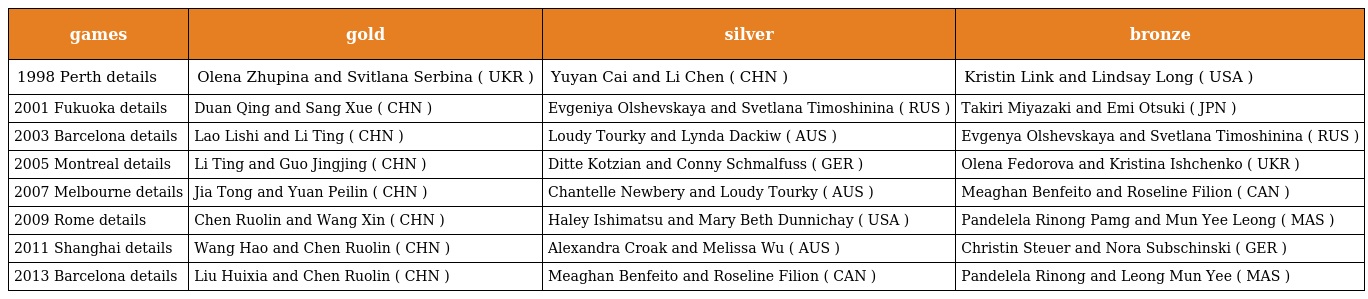
| games | gold | silver | bronze |
 | --- | --- | --- | --- |
 | 1998 Perth details | Olena Zhupina and Svitlana Serbina ( UKR ) | Yuyan Cai and Li Chen ( CHN ) | Kristin Link and Lindsay Long ( USA ) |
 | 2001 Fukuoka details | Duan Qing and Sang Xue ( CHN ) | Evgeniya Olshevskaya and Svetlana Timoshinina ( RUS ) | Takiri Miyazaki and Emi Otsuki ( JPN ) |
 | 2003 Barcelona details | Lao Lishi and Li Ting ( CHN ) | Loudy Tourky and Lynda Dackiw ( AUS ) | Evgenya Olshevskaya and Svetlana Timoshinina ( RUS ) |
 | 2005 Montreal details | Li Ting and Guo Jingjing ( CHN ) | Ditte Kotzian and Conny Schmalfuss ( GER ) | Olena Fedorova and Kristina Ishchenko ( UKR ) |
 | 2007 Melbourne details | Jia Tong and Yuan Peilin ( CHN ) | Chantelle Newbery and Loudy Tourky ( AUS ) | Meaghan Benfeito and Roseline Filion ( CAN ) |
 | 2009 Rome details | Chen Ruolin and Wang Xin ( CHN ) | Haley Ishimatsu and Mary Beth Dunnichay ( USA ) | Pandelela Rinong Pamg and Mun Yee Leong ( MAS ) |
 | 2011 Shanghai details | Wang Hao and Chen Ruolin ( CHN ) | Alexandra Croak and Melissa Wu ( AUS ) | Christin Steuer and Nora Subschinski ( GER ) |
 | 2013 Barcelona details | Liu Huixia and Chen Ruolin ( CHN ) | Meaghan Benfeito and Roseline Filion ( CAN ) | Pandelela Rinong and Leong Mun Yee ( MAS ) |